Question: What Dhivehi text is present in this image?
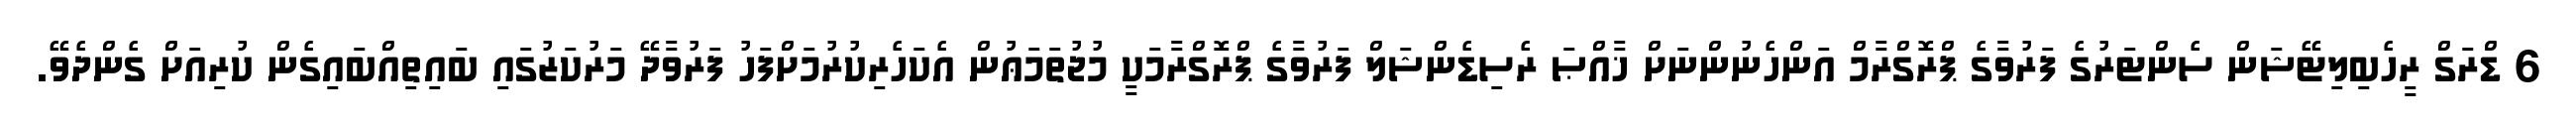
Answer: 6 ޑްރަގް ރީހެބިލިޓޭޝަން ސެންޓަރުގެ ފަރުވާގެ ޕްރޮގްރާމް އަންހެނުންނަށް ޚާއްޞަ ރެސިޑެންޝަލް ފަރުވާގެ ޕްރޮގްރާމަކީ މުޖުތަމަޢުން އެކަހެރިކުރުމަށްފަހު ފަރުވާދޭ މަރުކަޒުގައި ބައިތިއްބައިގެން ކުރިއަށް ގެންދެވޭ.